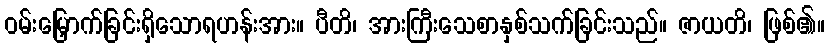
ဝမ်းမြှောက်ခြင်းရှိသောရဟန်းအား။ ပီတိ၊ အားကြီးသေစာနှစ်သက်ခြင်းသည်။ ဇာယတိ၊ ဖြစ်၏။